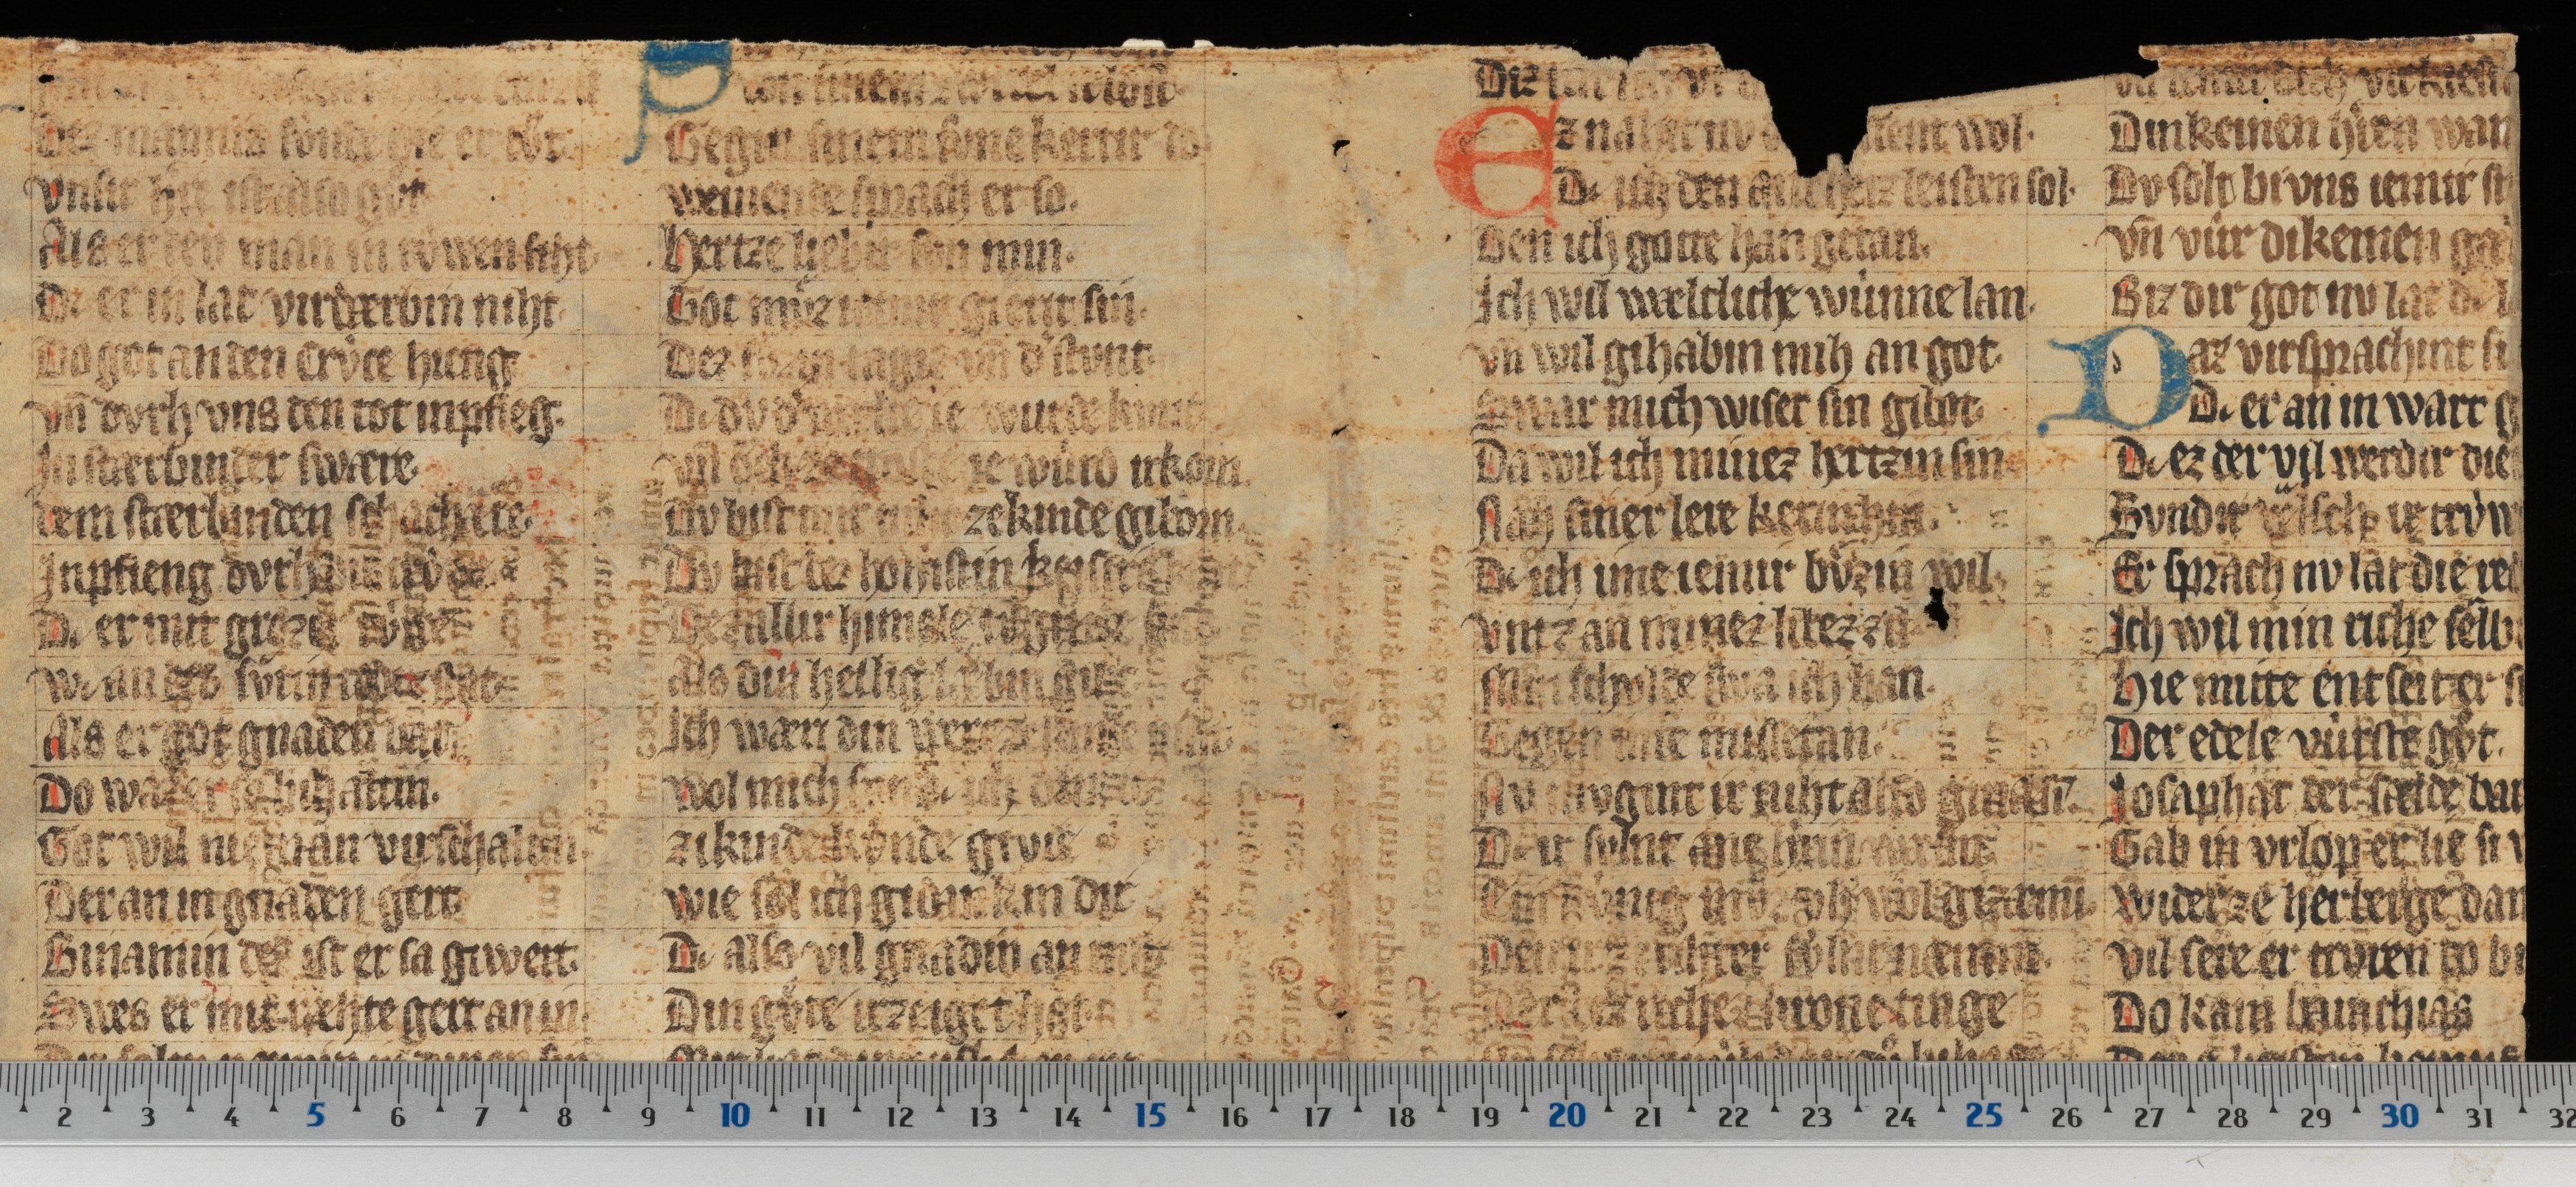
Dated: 1300–1349